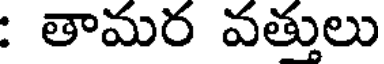
: తామర వత్తులు